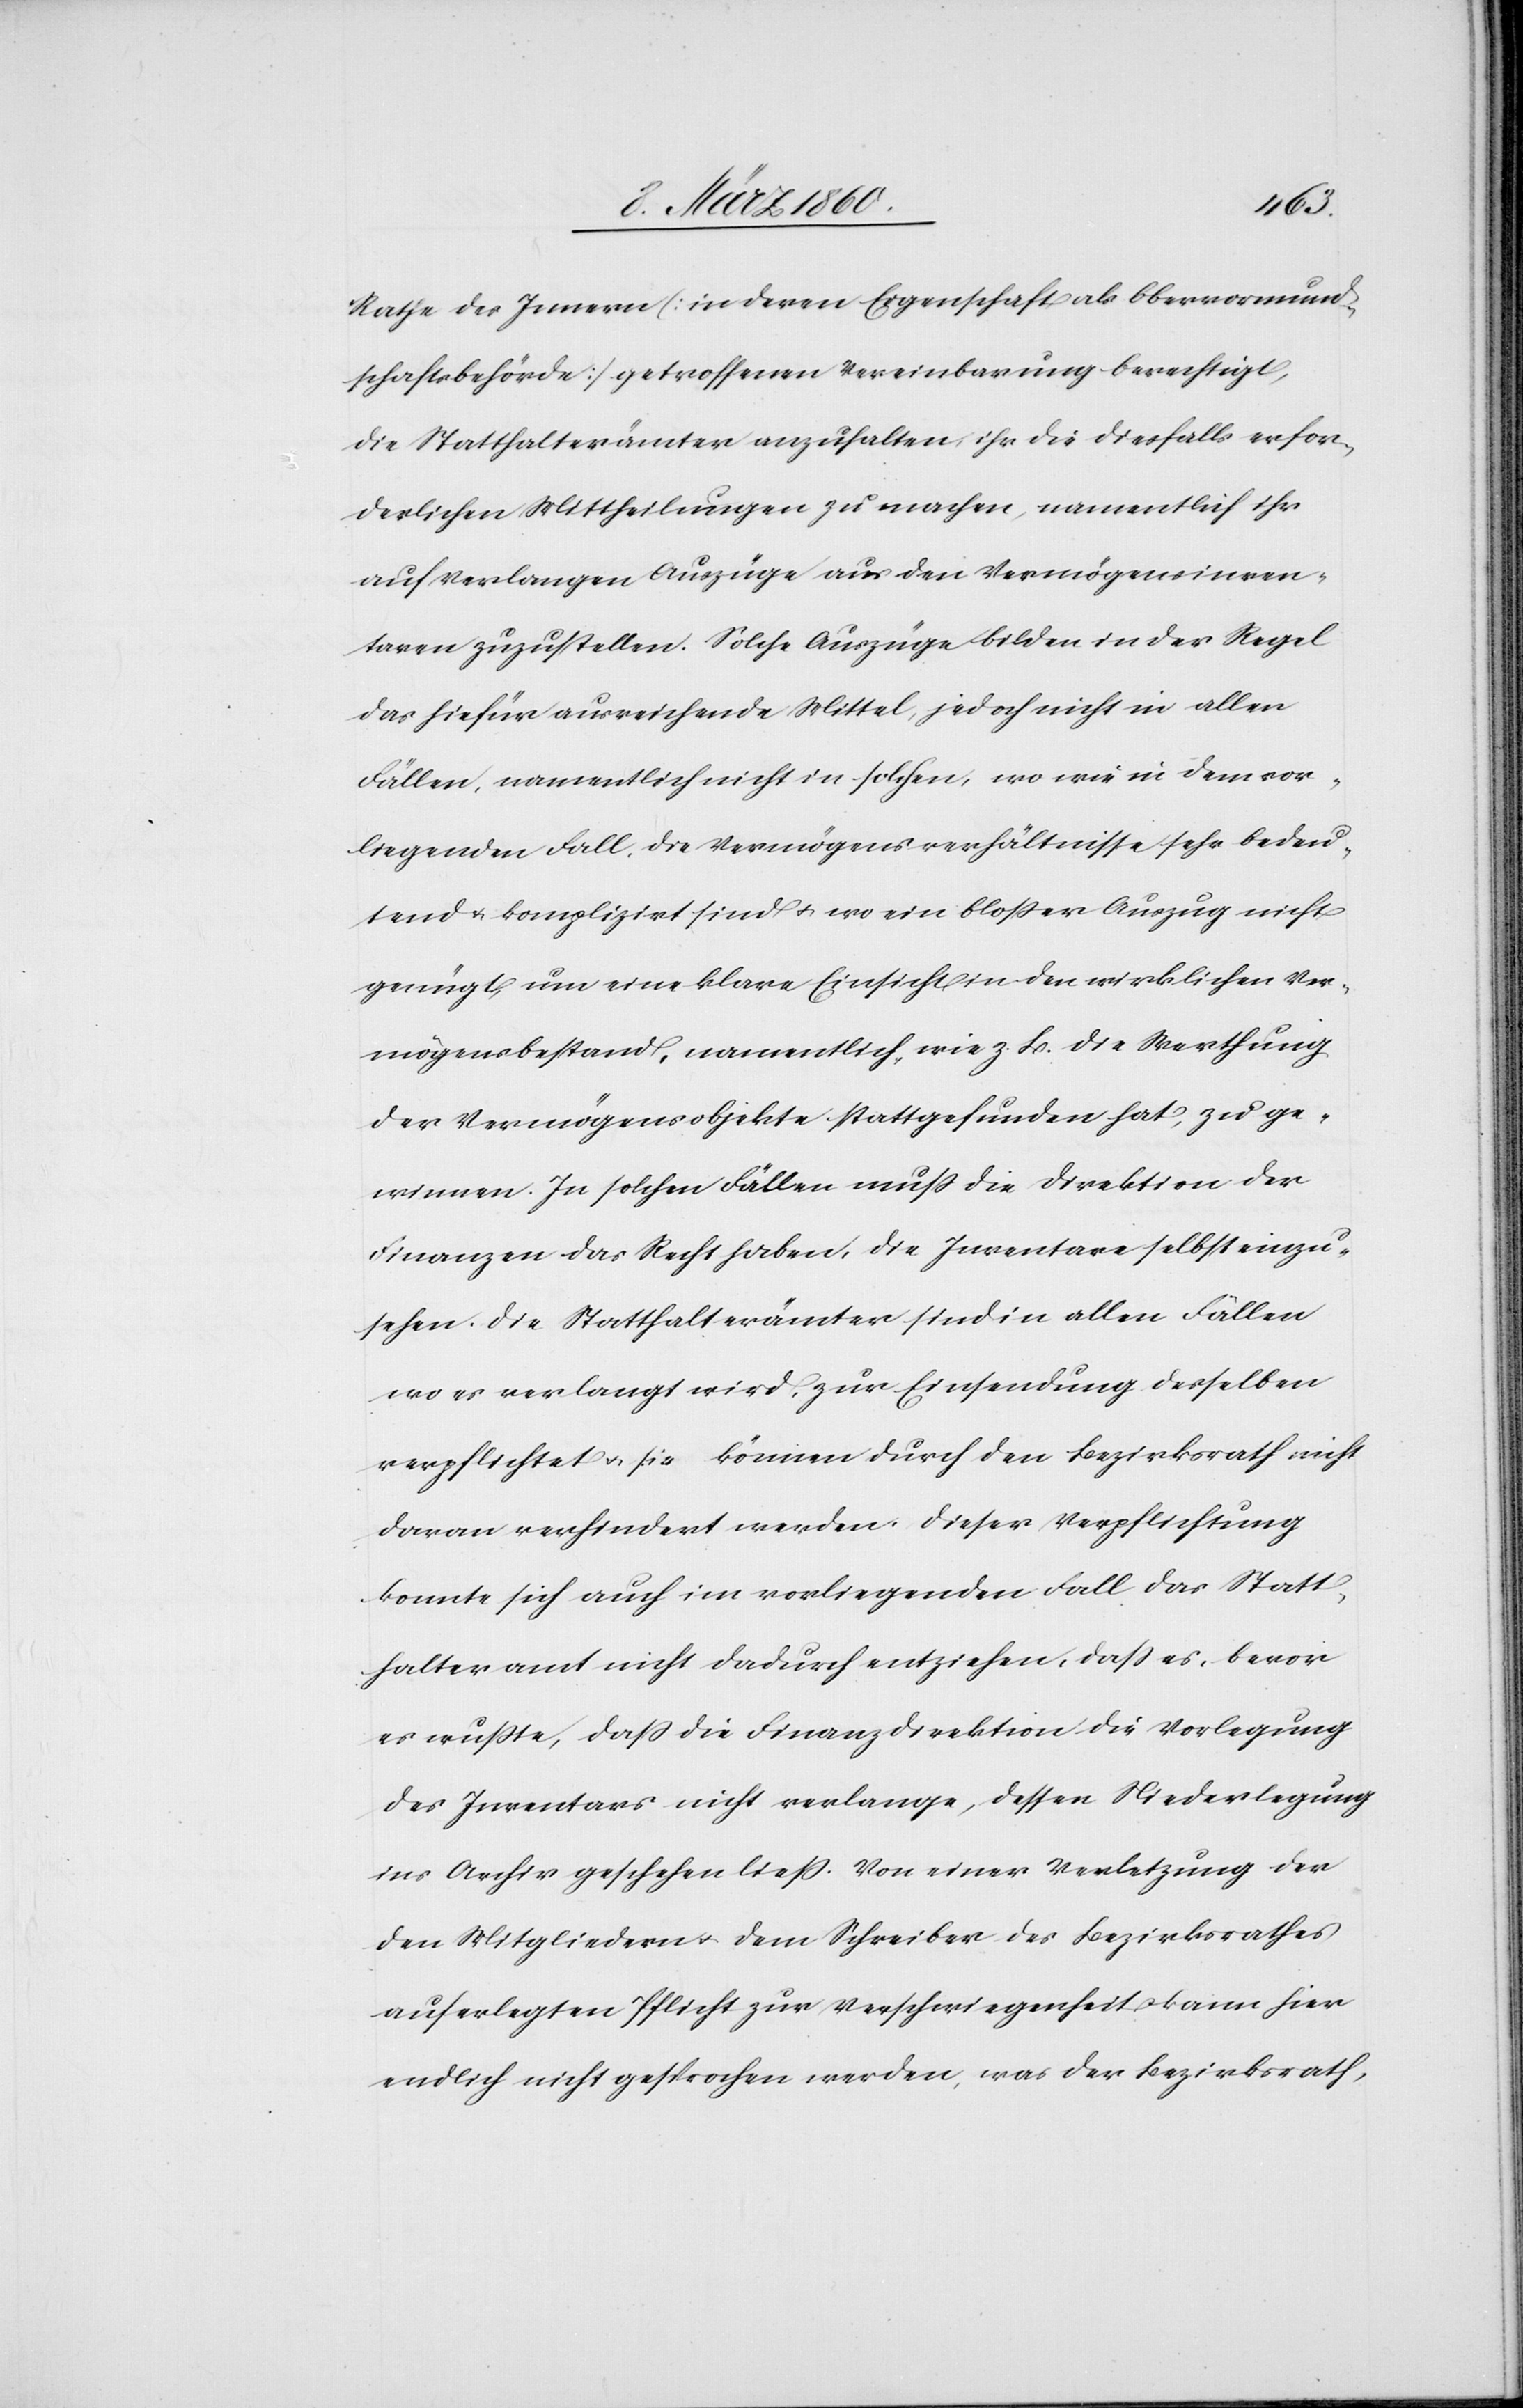
Rathe des Innern [in deren Eigenschaft als Obervormund¬
schaftsbehörde] getroffenen Vereinbarung berechtigt,
die Statthalterämter anzuhalten, ihr die diesfalls erfor¬
derlichen Mittheilungen zu machen, namentlich ihr
auf Verlangen Auszüge aus den Vermögensinven¬
taren zuzustellen. Solche Auszüge bilden in der Regel
das hiefür ausreichende Mittel, jedoch nicht in allen
Fällen, namentlich nicht in Folge, wo wie in dem vor¬
liegenden Fall, die Vermögensverhältnisse sehr bedeu¬
tend u. komplizirt sind u. wo ein bloßer Auszug nicht
genügt, um eine klare Einsicht in den wirklichen Ver¬
mögensbestand, namentlich, wie z. B. die Werthung
der Vermögensobjekte stattgefunden hat, zu ge¬
winnen. In solchen Fällen muss die Direktion der
Finanzen das Recht haben, die Inventare selbst einzu¬
sehen. Die Statthalterämter sind in allen Fällen
wo es verlangt wird, zur Einsendung derselben
verpflichtet u. sie können durch den Bezirksrath nicht
daran verhindert werden. Dieser Verpflichtung
konnte sich auch im vorliegenden Fall das Statt¬
halteramt nicht dadurch entziehen, dass es, bevor
es wusste, dass die Finanzdirektion die Vorlegung
des Inventars nicht verlange, dessen Niederlegung
ins Archiv geschehen liess. Von einer Verletzung der
den Mitgliedern u. dem Schreiben des Bezirksrathes
auferlegten Pflicht zur Verschwiegenheit u. kann hier
endlich nicht gesprochen werden, was der Bezirksrath,